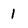
Character: 1